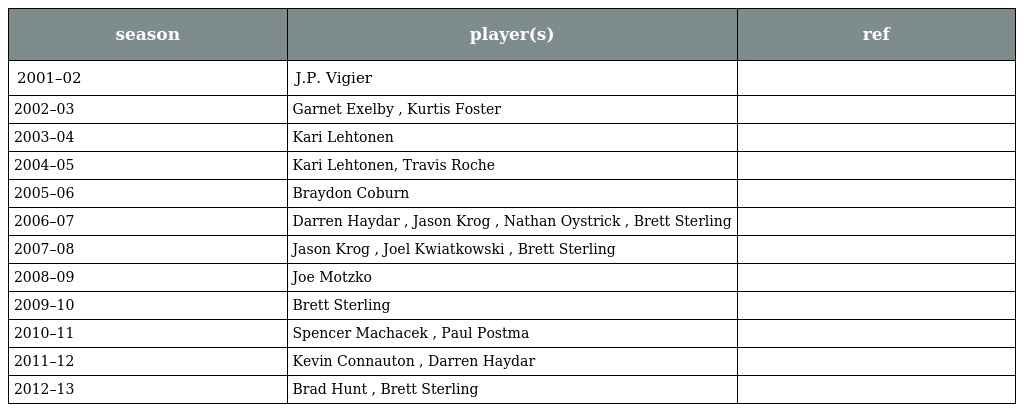
| season | player(s) | ref |
 | --- | --- | --- |
 | 2001–02 | J.P. Vigier |  |
 | 2002–03 | Garnet Exelby , Kurtis Foster |  |
 | 2003–04 | Kari Lehtonen |  |
 | 2004–05 | Kari Lehtonen, Travis Roche |  |
 | 2005–06 | Braydon Coburn |  |
 | 2006–07 | Darren Haydar , Jason Krog , Nathan Oystrick , Brett Sterling |  |
 | 2007–08 | Jason Krog , Joel Kwiatkowski , Brett Sterling |  |
 | 2008–09 | Joe Motzko |  |
 | 2009–10 | Brett Sterling |  |
 | 2010–11 | Spencer Machacek , Paul Postma |  |
 | 2011–12 | Kevin Connauton , Darren Haydar |  |
 | 2012–13 | Brad Hunt , Brett Sterling |  |